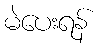
မဲပေးရန်